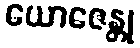
ယောဇေန္တု